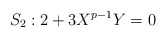
\begin{align*}S_2: 2+3X^{p-1}Y=0\end{align*}